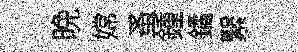
晩嫦蚤鍾鐍繄